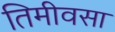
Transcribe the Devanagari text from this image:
तिमीवसा